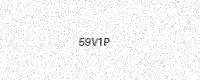
Text: 59V1P